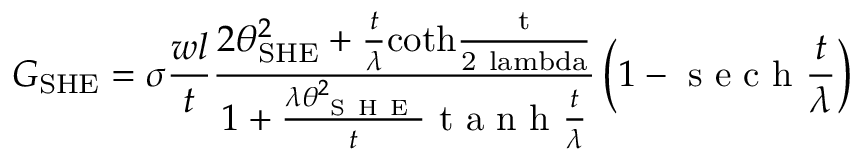
G _ { \mathrm { S H E } } = \sigma \frac { w l } { t } \frac { 2 \theta _ { \mathrm { S H E } } ^ { 2 } + \frac { t } { \lambda } \mathrm { c o t h \frac { t } { 2 \ l a m b d a } } } { 1 + \frac { \lambda \theta _ { \mathrm { ~ S ~ H ~ E ~ } } ^ { 2 } } { t } \mathrm { ~ t ~ a ~ n ~ h ~ } \frac { t } { \lambda } } \left( 1 - \mathrm { ~ s ~ e ~ c ~ h ~ } \frac { t } { \lambda } \right)